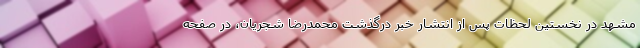
مشهد در نخستین لحظات پس از انتشار خبر درگذشت محمدرضا شجریان، در صفحه